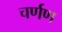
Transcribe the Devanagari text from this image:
चर्णण